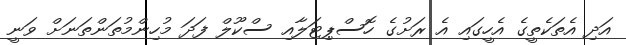
އަދި އެތަކެތީގެ އެހީގައި އެ ރަށުގެ ހޮސްޕިޓަލާއި ސްކޫލް ފަދަ މުހިންމުތަންތަނަށް ވަނީ